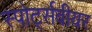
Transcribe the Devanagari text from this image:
स्पोर्ट्सवीयर